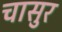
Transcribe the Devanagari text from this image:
चासुर